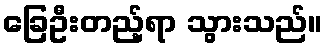
ခြေဦးတည့်ရာ သွားသည်။